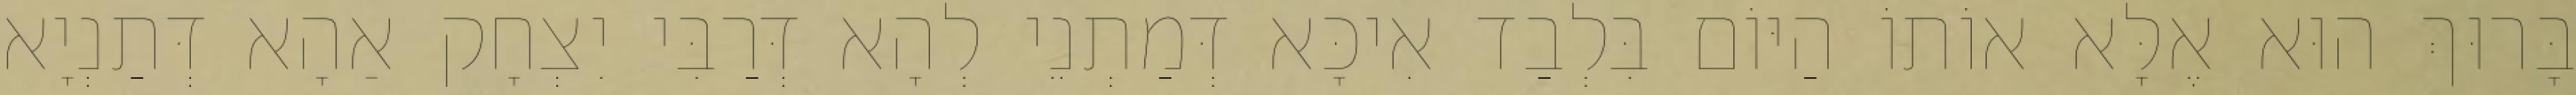
בָּרוּךְ הוּא אֶלָּא אוֹתוֹ הַיּוֹם בִּלְבַד אִיכָּא דְּמַתְנֵי לְהָא דְּרַבִּי יִצְחָק אַהָא דְּתַנְיָא